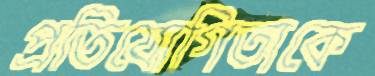
প্রতিযোগিতাকে